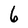
Character: 6